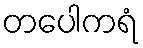
တပေါကရံ